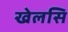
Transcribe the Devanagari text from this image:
खेलसि